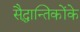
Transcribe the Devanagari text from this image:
सैद्धान्तिकोंके